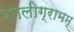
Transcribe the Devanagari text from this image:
शालीग्रामम्